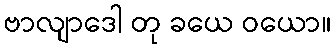
ဗာလျာဒေါ တု ခယေ ဝယော။